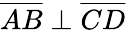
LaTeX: {\overline{{AB}}}\perp{\overline{{CD}}}